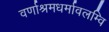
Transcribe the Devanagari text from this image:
वर्णाश्रमधर्मावलम्वि